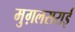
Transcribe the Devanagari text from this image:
मुग़लसराई